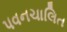
પવનચાલિત